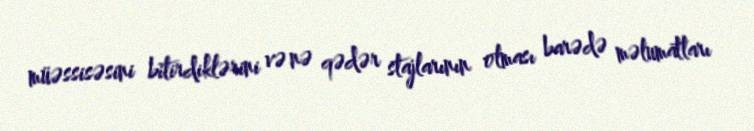
müəssisəsini bitirdiklərini və nə qədər stajlarının olması barədə məlumatları